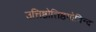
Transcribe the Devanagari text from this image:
उत्तिष्ठोत्तिष्ठगोविन्द